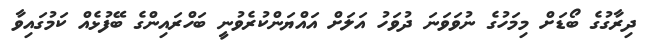
ދިރާގުގެ ބޯޑަށް މިމަހުގެ ނުވަވަނަ ދުވަހު އަލަށް އައްޔަންކުރެވުނީ ބަހްރައިންގެ ބޭފުޅެއް ކަމުގައިވާ